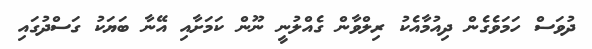
ދުވަސް ހަމަވެގެން ދިއުމާއެކު ރިލްވާން ގެއްލުނީ ނޫން ކަމަށާއި އޭނާ ބަޔަކު ގަސްދުގައި